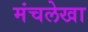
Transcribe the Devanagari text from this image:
मंचलेखा